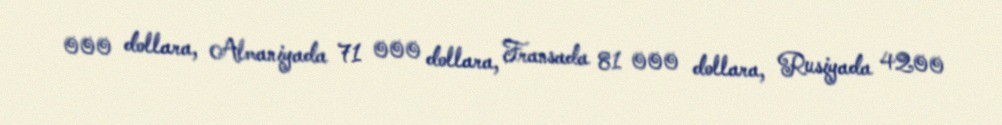
000 dollara, Almaniyada 71 000 dollara, Fransada 81 000 dollara, Rusiyada 4200